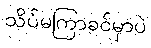
သိပ်မကြာခင်မှာပဲ